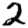
Digit: 2